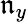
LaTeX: \mathfrak{n}_{y}